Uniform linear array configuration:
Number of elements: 64
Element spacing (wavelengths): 0.75
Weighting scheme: cosine
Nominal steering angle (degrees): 15
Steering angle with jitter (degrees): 15.562
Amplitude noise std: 0.05
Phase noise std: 0.05

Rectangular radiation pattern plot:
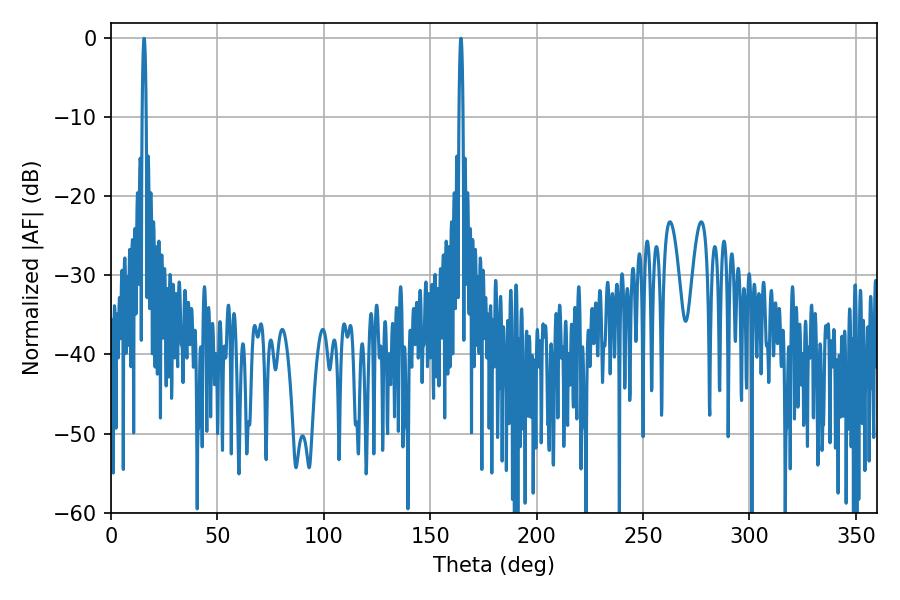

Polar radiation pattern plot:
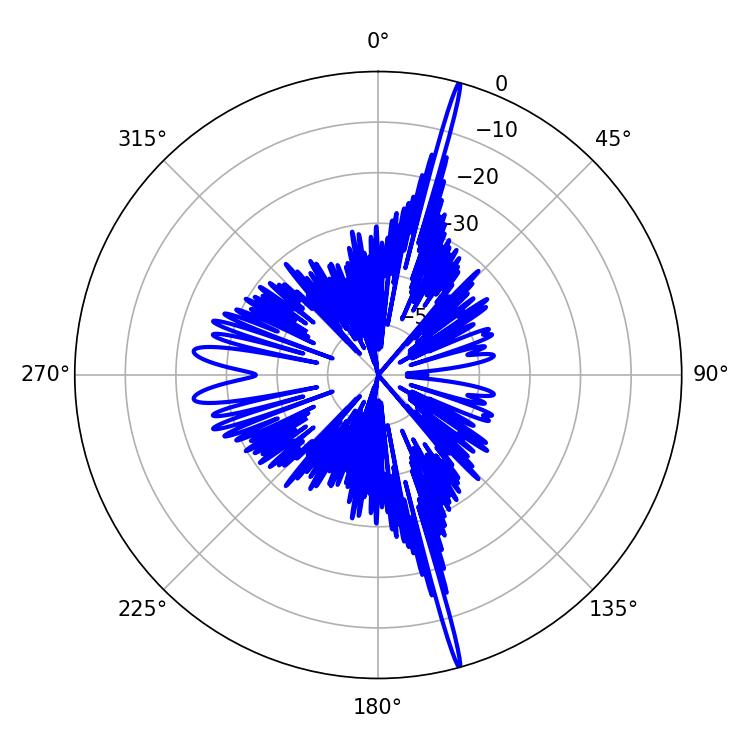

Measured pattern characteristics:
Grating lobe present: TRUE
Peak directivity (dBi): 22.828
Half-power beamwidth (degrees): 0.9
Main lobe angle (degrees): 15.48